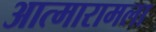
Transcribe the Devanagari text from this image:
आत्मारामला